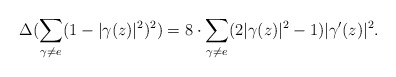
\begin{align*}\Delta(\sum_{\gamma \neq e} (1-|\gamma(z)|^2)^2)=8\cdot \sum_{\gamma \neq e} (2|\gamma(z)|^2-1)|\gamma'(z)|^2.\end{align*}